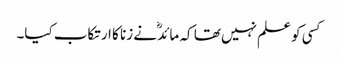
کسی کو علم نہیں تھا کہ مائدؓ نے زنا کا ارتکاب کیا۔